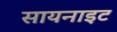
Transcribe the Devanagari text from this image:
सायनाइट